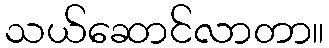
သယ်ဆောင်လာတာ။